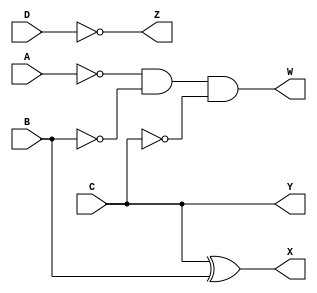
//Mohammad Abu Shams
// 9's_complement using data flow model
module Complement(A,B,C,D,W,X,Y,Z);
input A,B,C,D;
output Z,Y,X,W;
assign Z=!D;
assign Y=C;
assign X=C^B;
assign W=(!A&&!B&&!C);
endmodule